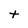
Character: t